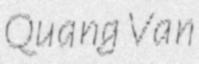
Quang Van